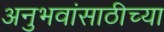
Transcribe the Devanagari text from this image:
अनुभवांसाठीच्या